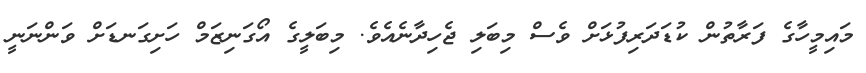
މައިމީހާގެ ފަރާތުން ކުޑަދަރިފުޅަށް ވެސް މިބަލި ޖެހިދާނެއެވެ. މިބަލީގެ އޯގަނިޒަމް ހަށިގަނޑަށް ވަންނަނީ